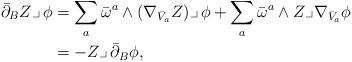
LaTeX: \begin{align*}\bar\partial_B Z\lrcorner\,\phi&=\sum_a\bar\omega^a\wedge (\nabla_{\bar V_a}Z)\lrcorner\,\phi + \sum_a \bar\omega^a\wedge Z\lrcorner \nabla_{\bar V_a}\phi\\&=-Z\lrcorner\,\bar\partial_B\phi,\end{align*}